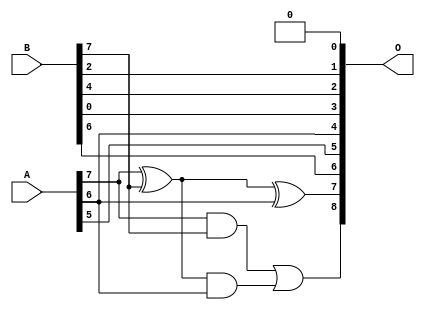
/***
* This code is a part of EvoApproxLib library (ehw.fit.vutbr.cz/approxlib) distributed under The MIT License.
* When used, please cite the following article(s): PRABAKARAN B. S., MRAZEK V., VASICEK Z., SEKANINA L., SHAFIQUE M. ApproxFPGAs: Embracing ASIC-based Approximate Arithmetic Components for FPGA-Based Systems. DAC 2020. 
***/
// MAE% = 7.83 %
// MAE = 40 
// WCE% = 16.99 %
// WCE = 87 
// WCRE% = 700.00 %
// EP% = 99.76 %
// MRE% = 20.38 %
// MSE = 2008 
// FPGA_POWER = 0.27
// FPGA_DELAY = 5.9
// FPGA_LUT = 1.0


module add8u_06R(A, B, O);
  input [7:0] A, B;
  output [8:0] O;
  wire sig_48, sig_49, sig_50;
  assign O[3] = B[0];
  assign O[0] = 1'b0;
  assign sig_48 = A[7] ^ B[7];
  assign sig_49 = A[7] & B[7];
  assign sig_50 = sig_48 & A[6];
  assign O[7] = sig_48 ^ A[6];
  assign O[8] = sig_49 | sig_50;
  assign O[1] = B[2];
  assign O[2] = B[4];
  assign O[4] = A[6];
  assign O[5] = A[5];
  assign O[6] = B[6];
endmodule